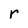
Character: r